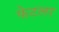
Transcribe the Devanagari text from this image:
फेटलर